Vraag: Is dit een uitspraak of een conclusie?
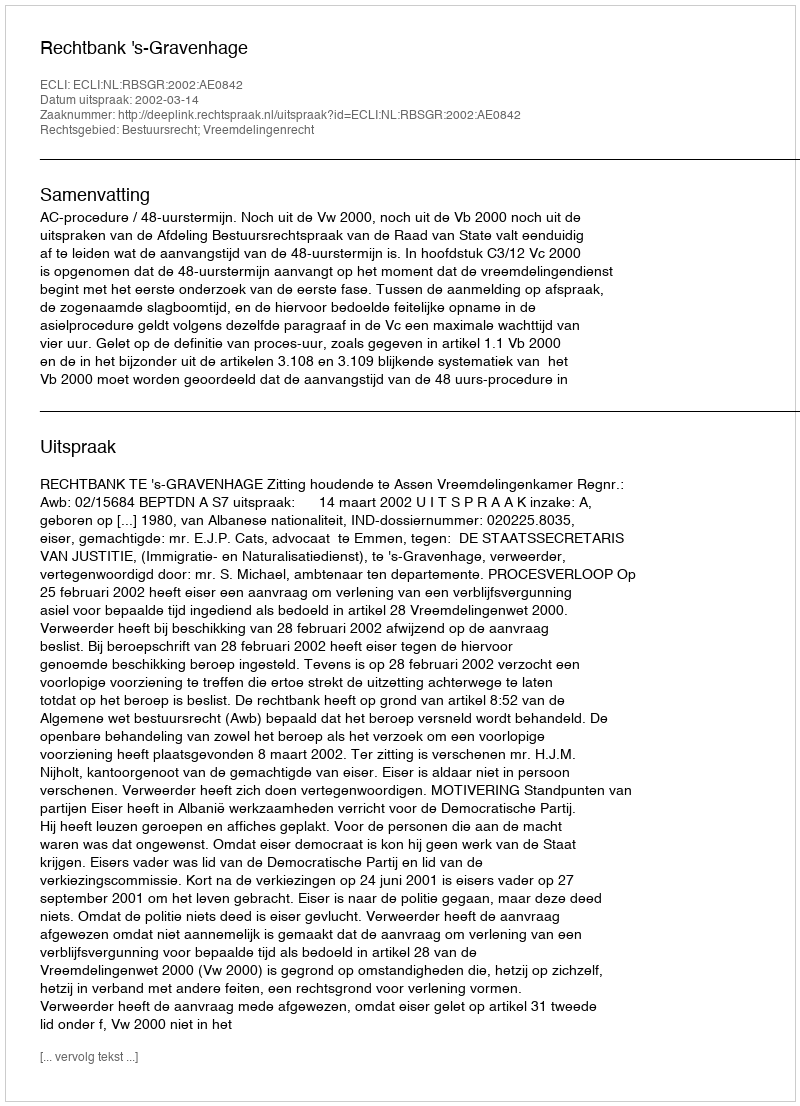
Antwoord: Uitspraak